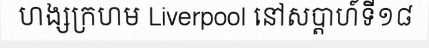
ហង្សក្រហម Liverpool នៅសប្តាហ៍ទី១៨